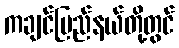
ကချင်ပြည်နယ်တို့တွင်